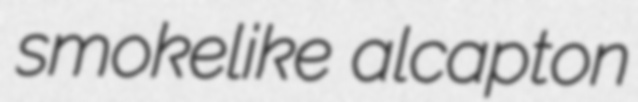
smokelike alcapton